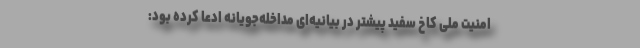
امنیت ملی کاخ سفید پیشتر در بیانیه‌ای مداخله‌جویانه ادعا کرده بود: